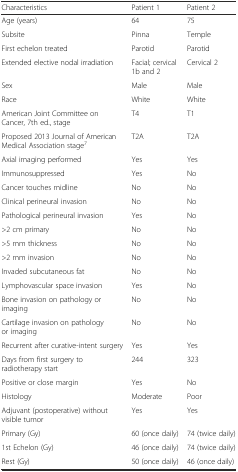
| Characteristics | Patient 1 | Patient 2 |
 | --- | --- | --- |
 | Age (years) | 64 | 75 |
 | Subsite | Pinna | Temple |
 | First echelon treated | Parotid | Parotid |
 | Extended elective nodal irradiation | Facial; cervical 1b and 2 | Cervical 2 |
 | Sex | Male | Male |
 | Race | White | White |
 | American Joint Committee on Cancer, 7th ed., stage | T4 | T1 |
 | Proposed 2013 Journal of American Medical Association stage7 | T2A | T2A |
 | Axial imaging performed | Yes | Yes |
 | Immunosuppressed | Yes | No |
 | Cancer touches midline | No | No |
 | Clinical perineural invasion | No | No |
 | Pathological perineural invasion | Yes | No |
 | >2 cm primary | No | No |
 | >5 mm thickness | No | No |
 | >2 mm invasion | No | No |
 | Invaded subcutaneous fat | No | No |
 | Lymphovascular space invasion | Yes | No |
 | Bone invasion on pathology or imaging | No | No |
 | Cartilage invasion on pathology or imaging | No | No |
 | Recurrent after curative-intent surgery | Yes | Yes |
 | Days from first surgery to radiotherapy start | 244 | 323 |
 | Positive or close margin | Yes | No |
 | Histology | Moderate | Poor |
 | Adjuvant (postoperative) without visible tumor | Yes | Yes |
 | Primary (Gy) | 60 (once daily) | 74 (twice daily) |
 | 1st Echelon (Gy) | 46 (once daily) | 74 (twice daily) |
 | Rest (Gy) | 50 (once daily) | 46 (once daily) |